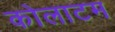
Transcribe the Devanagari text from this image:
कोलाटम